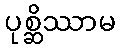
ပုစ္ဆိဿာမ